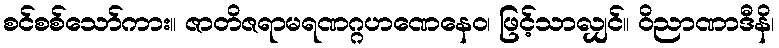
စင်စစ်သော်ကား။ ဇာတိဇရာမရဏဂ္ဂဟဏေနေဝ၊ ဖြင့်သာလျှင်။ ဝိညာဏာဒီနိ၊